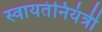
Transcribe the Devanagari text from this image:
स्वायतंनियंत्री